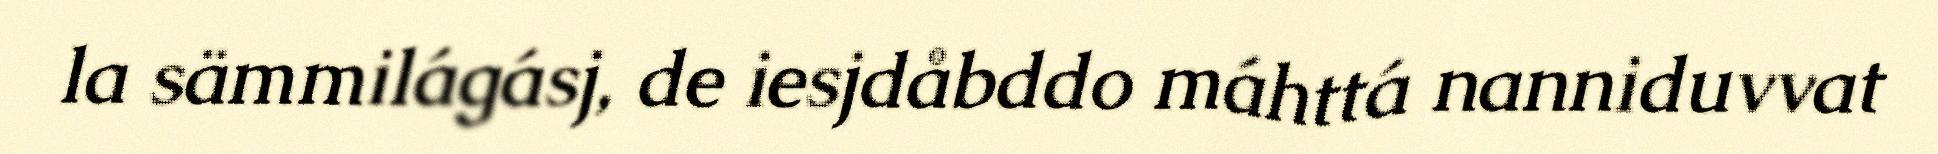
la sämmilágásj, de iesjdåbddo máhttá nanniduvvat